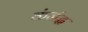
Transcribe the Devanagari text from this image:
कंजंद्ध